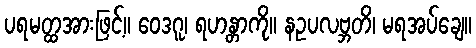
ပရမတ္ထအားဖြင့်။ ဝေဒဂူ၊ ရဟန္တာကို။ နဥပလဗ္ဘတိ၊ မရအပ်ချေ။